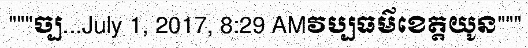
"""ច្ប...July 1, 2017, 8:29 AMវប្បធម៌ខេត្តយូន"""